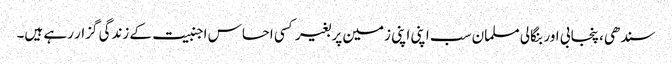
سندھی، پنجابی اور بنگالی مسلمان سب اپنی اپنی زمین پر بغیر کسی احساس اجنبیت کے زندگی گزار رہے ہیں۔